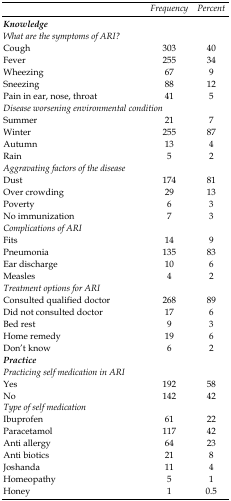
<table><thead><tr><td></td><td><b>Frequency</b></td><td><b>Percent</b></td></tr></thead><tbody><tr><td><b><i>Knowledge</i></b></td><td></td><td></td></tr><tr><td><i>What are the symptoms of ARI?</i></td><td></td><td></td></tr><tr><td>Cough</td><td>303</td><td>40</td></tr><tr><td>Fever</td><td>255</td><td>34</td></tr><tr><td>Wheezing</td><td>67</td><td>9</td></tr><tr><td>Sneezing</td><td>88</td><td>12</td></tr><tr><td>Pain in ear, nose, throat</td><td>41</td><td>5</td></tr><tr><td><i>Disease worsening environmental condition</i></td><td></td><td></td></tr><tr><td>Summer</td><td>21</td><td>7</td></tr><tr><td>Winter</td><td>255</td><td>87</td></tr><tr><td>Autumn</td><td>13</td><td>4</td></tr><tr><td>Rain</td><td>5</td><td>2</td></tr><tr><td><i>Aggravating factors of the disease</i></td><td></td><td></td></tr><tr><td>Dust</td><td>174</td><td>81</td></tr><tr><td>Over crowding</td><td>29</td><td>13</td></tr><tr><td>Poverty</td><td>6</td><td>3</td></tr><tr><td>No immunization</td><td>7</td><td>3</td></tr><tr><td><i>Complications of ARI</i></td><td></td><td></td></tr><tr><td>Fits</td><td>14</td><td>9</td></tr><tr><td>Pneumonia</td><td>135</td><td>83</td></tr><tr><td>Ear discharge</td><td>10</td><td>6</td></tr><tr><td>Measles</td><td>4</td><td>2</td></tr><tr><td><i>Treatment options for ARI</i></td><td></td><td></td></tr><tr><td>Consulted qualified doctor</td><td>268</td><td>89</td></tr><tr><td>Did not consulted doctor</td><td>17</td><td>6</td></tr><tr><td>Bed rest</td><td>9</td><td>3</td></tr><tr><td>Home remedy</td><td>19</td><td>6</td></tr><tr><td>Don’t know</td><td>6</td><td>2</td></tr><tr><td><b><i>Practice</i></b></td><td></td><td></td></tr><tr><td><i>Practicing self medication in ARI</i></td><td></td><td></td></tr><tr><td>Yes</td><td>192</td><td>58</td></tr><tr><td>No</td><td>142</td><td>42</td></tr><tr><td><i>Type of self medication</i></td><td></td><td></td></tr><tr><td>Ibuprofen</td><td>61</td><td>22</td></tr><tr><td>Paracetamol</td><td>117</td><td>42</td></tr><tr><td>Anti allergy</td><td>64</td><td>23</td></tr><tr><td>Anti biotics</td><td>21</td><td>8</td></tr><tr><td>Joshanda</td><td>11</td><td>4</td></tr><tr><td>Homeopathy</td><td>5</td><td>1</td></tr><tr><td>Honey</td><td>1</td><td>0.5</td></tr></tbody></table>